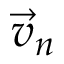
\vec { v } _ { n }